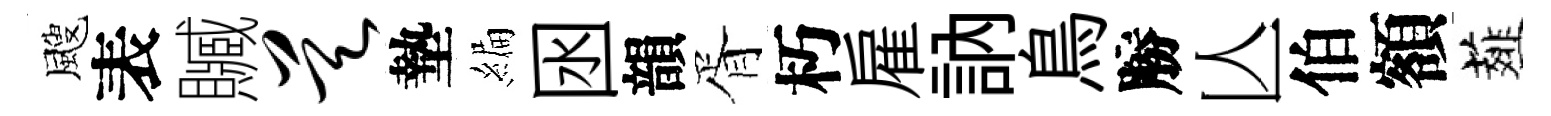
颼表贓昊墊編囦韻胥朽雇訥鳥勝亾伯額薤